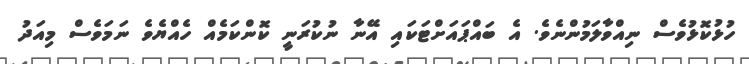
ހުޅުކޮޅުވެސް ނިއްވާލަމުންނެވެ. އެ ބައްޕައަށްޓަކައި އޭނާ ނުކުރަނީ ކޮންކަމެއް ހެއްޔެވެ ނަމަވެސް މިއަދު